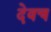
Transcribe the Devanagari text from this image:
देवच